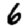
Digit: 6